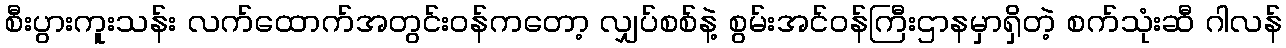
စီးပွားကူးသန်း လက်ထောက်အတွင်းဝန်ကတော့ လျှပ်စစ်နဲ့ စွမ်းအင်ဝန်ကြီးဌာနမှာရှိတဲ့ စက်သုံးဆီ ဂါလန်